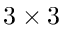
3 \times 3